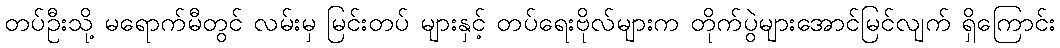
တပ်ဦးသို့ မရောက်မီတွင် လမ်းမှ မြင်းတပ် များနှင့် တပ်ရေးဗိုလ်များက တိုက်ပွဲများအောင်မြင်လျက် ရှိကြောင်း